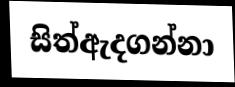
සිත්ඇදගන්නා